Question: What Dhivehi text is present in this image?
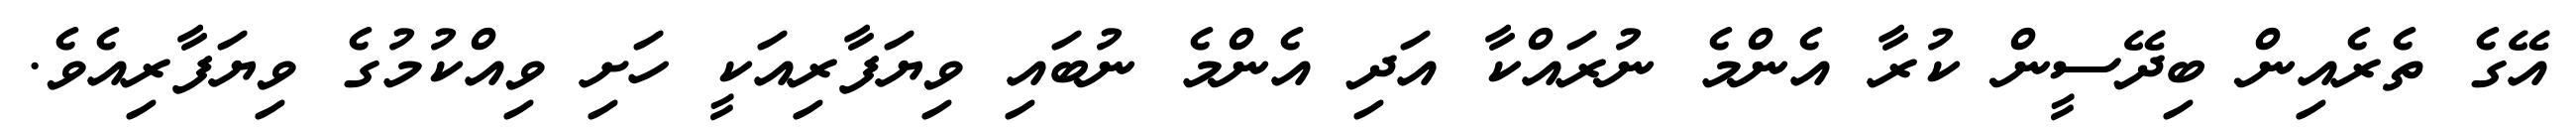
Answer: އޭގެ ތެރެއިން ބިދޭސީން ކުރާ އެންމެ ނުރައްކާ އަދި އެންމެ ނުބައި ވިޔަފާރިއަކީ ހަށި ވިއްކުމުގެ ވިޔަފާރިއެވެ.